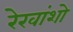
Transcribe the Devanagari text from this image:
रेखांशो